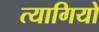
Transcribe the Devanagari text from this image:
त्‍यागियो